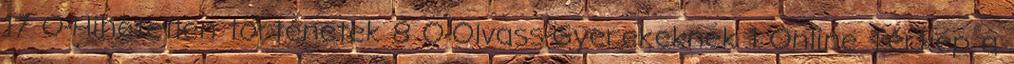
17 O-Hihetetlen történetek 8 O-Olvass-Gyerekeknek 1 Online Térkép a